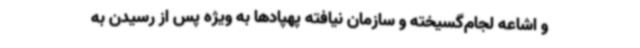
و اشاعه لجام‌گسیخته و سازمان نیافته پهپادها به ویژه پس از رسیدن به